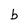
Character: b